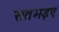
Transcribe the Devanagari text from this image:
सतभइए